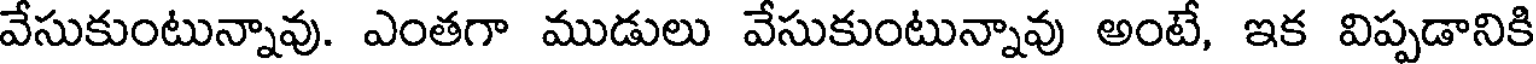
వేసుకుంటున్నావు. ఎంతగా ముడులు వేసుకుంటున్నావు అంటే, ఇక విప్పడానికి